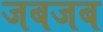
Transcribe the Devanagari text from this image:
जबजब